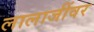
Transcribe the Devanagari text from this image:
लालाजींवर